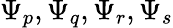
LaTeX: \Psi_{p},\Psi_{q},\Psi_{r},\Psi_{s}